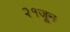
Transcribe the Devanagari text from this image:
२१जून